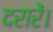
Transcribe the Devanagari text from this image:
दरारें।